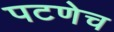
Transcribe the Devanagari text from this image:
पटणेच